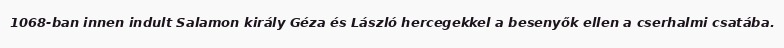
1068-ban innen indult Salamon király Géza és László hercegekkel a besenyők ellen a cserhalmi csatába.